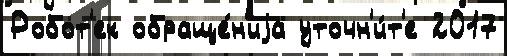
Робот'ек обраще́н'иjа уточн'и́т'е 2017